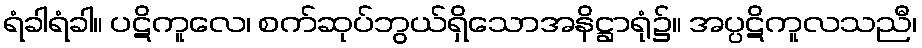
ရံခါရံခါ။ ပဋိကူလေ၊ စက်ဆုပ်ဘွယ်ရှိသောအနိဋ္ဌာရုံ၌။ အပ္ပဋိကူလသညီ၊